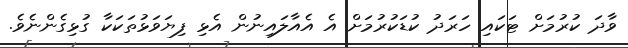
ވާދަ ކުރުމަށް ޓަކައި ހަރަދު ކުޑަކުރުމަށް އެ އެއާލައިނުން އެޅި ފިޔަވަޅުތަކަކާ ގުޅިގެންނެވެ.